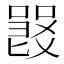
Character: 𠽽